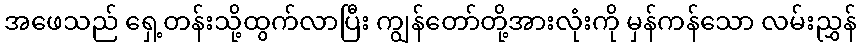
အဖေသည် ရှေ့တန်းသို့ထွက်လာပြီး ကျွန်တော်တို့အားလုံးကို မှန်ကန်သော လမ်းညွှန်